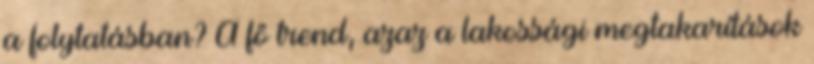
a folytatásban? A fő trend, azaz a lakossági megtakarítások